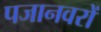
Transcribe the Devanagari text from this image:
पजानवरों